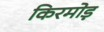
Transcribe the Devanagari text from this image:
किरमोड़